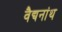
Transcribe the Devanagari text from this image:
वैद्यनांथ